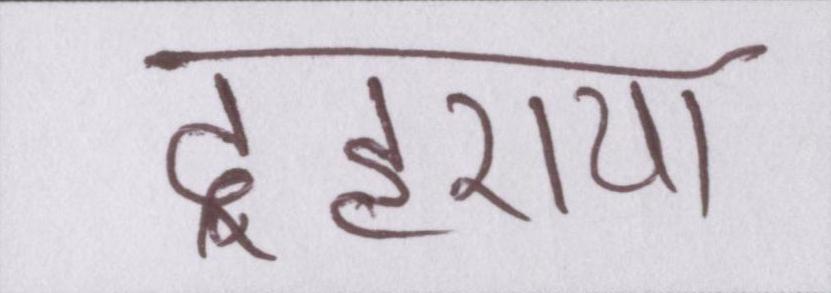
दुहराया